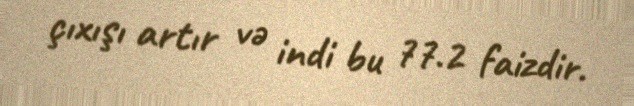
çıxışı artır və indi bu 77.2 faizdir.